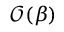
\mathcal { O } ( \beta )